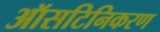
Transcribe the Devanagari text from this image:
ऑसटिनिकरण